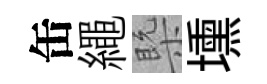
缶繩槩壎